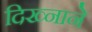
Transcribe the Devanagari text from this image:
दिख्नाने